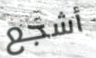
أشجع